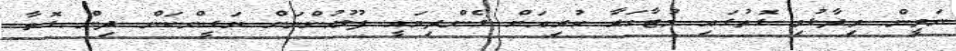
ނަވީން ވިދާޅުވި ގޮތުގައި މުޒާހަރާ ކުރިއަށް ގެންދިޔައީ ފުލުހުންނަށް ޔަގީންކަން ދިން ގޮތާ